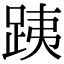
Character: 跠